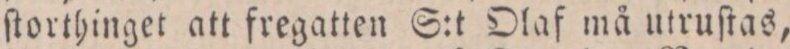
ſtorthinget att fregatten S:t Olaf må utruſtas,